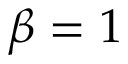
\beta = 1